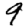
Digit: 9